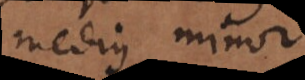
medius minor